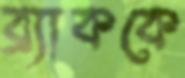
ব্র্যাককে